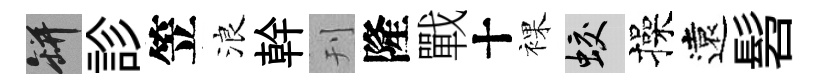
瓶診笠浪幹刊隆戰十裸蛟操遠髫